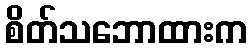
စိတ်သဘောထားက